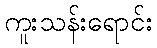
ကူးသန်းရောင်း